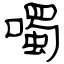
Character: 噣